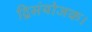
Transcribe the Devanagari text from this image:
द्विसंयोजक।